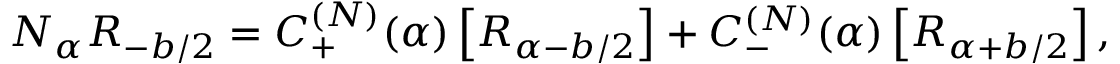
N _ { \alpha } R _ { - b / 2 } = C _ { + } ^ { ( N ) } ( \alpha ) \left[ R _ { \alpha - b / 2 } \right] + C _ { - } ^ { ( N ) } ( \alpha ) \left[ R _ { \alpha + b / 2 } \right] ,